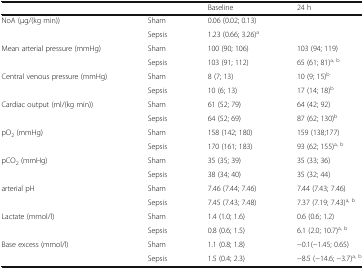
|  |  | Baseline | 24 h |
 | --- | --- | --- | --- |
 | <ROWSPAN=2> NoA (μg/(kg min)) | Sham | <COLSPAN=2> 0.06 (0.02; 0.13) |
 | Sepsis | <COLSPAN=2> 1.23 (0.66; 3.26)a |
 | <ROWSPAN=2> Mean arterial pressure (mmHg) | Sham | 100 (90; 106) | 103 (94; 119) |
 | Sepsis | 103 (91; 112) | 65 (61; 81)a, b |
 | <ROWSPAN=2> Central venous pressure (mmHg) | Sham | 8 (7; 13) | 10 (9; 15)b |
 | Sepsis | 10 (6; 13) | 17 (14; 18)b |
 | <ROWSPAN=2> Cardiac output (ml/(kg min)) | Sham | 61 (52; 79) | 64 (42; 92) |
 | Sepsis | 64 (52; 69) | 87 (62; 130)b |
 | <ROWSPAN=2> pO2 (mmHg) | Sham | 158 (142; 180) | 159 (138;177) |
 | Sepsis | 170 (161; 183) | 93 (62; 155)a, b |
 | <ROWSPAN=2> pCO2 (mmHg) | Sham | 35 (35; 39) | 35 (33; 36) |
 | Sepsis | 38 (34; 40) | 35 (32; 44) |
 | <ROWSPAN=2> arterial pH | Sham | 7.46 (7.44; 7.46) | 7.44 (7.43; 7.46) |
 | Sepsis | 7.45 (7.43; 7.48) | 7.37 (7.19; 7.43)a, b |
 | <ROWSPAN=2> Lactate (mmol/l) | Sham | 1.4 (1.0; 1.6) | 0.6 (0.6; 1.2) |
 | Sepsis | 0.8 (0.6; 1.5) | 6.1 (2.0; 10.7)a, b |
 | <ROWSPAN=2> Base excess (mmol/l) | Sham | 1.1 (0.8; 1.8) | −0.1(−1.45; 0.65) |
 | Sepsis | 1.5 (0.4; 2.3) | −8.5 (−14.6; −3.7)a, b |